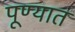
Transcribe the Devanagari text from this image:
पूण्यात